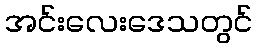
အင်းလေးဒေသတွင်